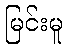
မြင်းမူ